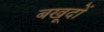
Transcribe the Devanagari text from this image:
बखूदों